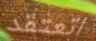
اتعتقد